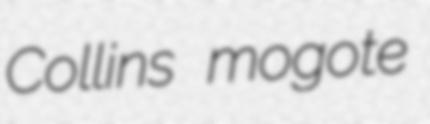
Collins mogote